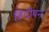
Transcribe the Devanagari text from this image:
हिंदीपन